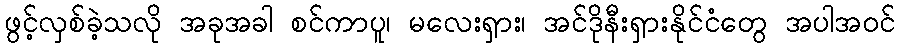
ဖွင့်လှစ်ခဲ့သလို အခုအခါ စင်ကာပူ၊ မလေးရှား၊ အင်ဒိုနီးရှားနိုင်ငံတွေ အပါအဝင်